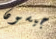
جيسون